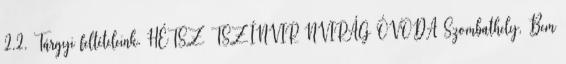
2.2. Tárgyi feltételeink. HÉTSZ TSZÍNVIR NVIRÁG ÓVODA Szombathely, Bem